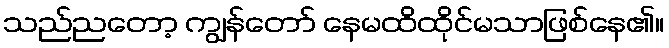
သည်ညတော့ ကျွန်တော် နေမထိထိုင်မသာဖြစ်နေ၏။